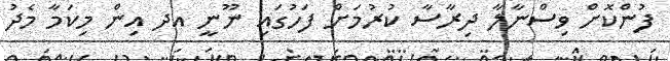
ފުންކޮށް ވިސްނާލާ ދިރާސާ ކުރުމަށް ފަހުގައި ނޫނީ އދ އިން މިކަމާ މެދު